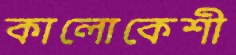
কালোকেশী